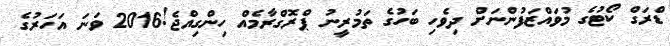
ޑްރަގް ކޯޓުގެ މުވައްޒަފުންނަށް ދިވެހި ބަހުގެ ތަމުރީނު ޕްރޮގްރާމެއް ހިންގިއްޖެ!2016 ވަނަ އަހަރުގެ